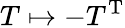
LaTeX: T\mapsto-T^{\mathrm{T}}